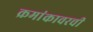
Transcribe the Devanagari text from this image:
क्रमांकावरची